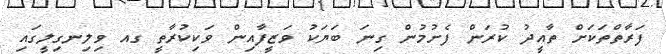
ފަރާތްތަކަށް ތާއީދު ކުރަން ފެށުމުން ގިނަ ބަޔަކު ވަޒީފާއިން ވަކިކުރާތީ ގއ ވިލިނގިލީގައި